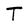
Character: T